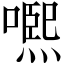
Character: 𡁱